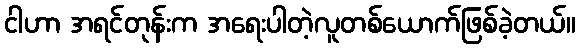
ငါဟာ အရင်တုန်းက အရေးပါတဲ့လူတစ်ယောက်ဖြစ်ခဲ့တယ်။